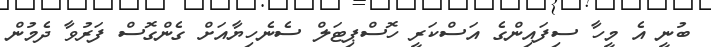
ބުނީ އެ މީހާ ސިފައިންގެ އަސްކަރީ ހޮސްޕިޓަލް ސެނެހިޔާއަށް ގެންގޮސް ފަރުވާ ދެމުން